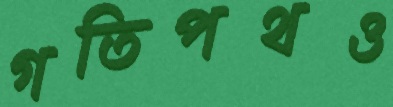
গতিপথও